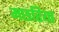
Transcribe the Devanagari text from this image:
मछरिया